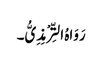
رَوَاہُ التِّرْمِذِیُّ۔